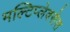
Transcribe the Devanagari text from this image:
मल्टिप्लेक्सेस